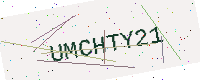
Text: UMCHTY21